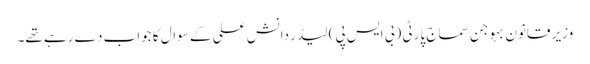
وزیر قانون بہوجن سماج پارٹی (بی ایس پی) لیڈر دانش علی کے سوال کا جواب دے رہے تھے۔